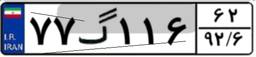
۷۷گ۱۱۶۶۲